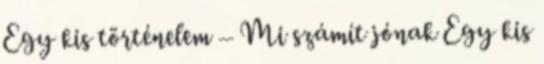
Egy kis történelem – Mi számít jónak Egy kis